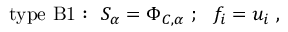
\mathrm { t y p e ~ B 1 : } ~ ~ S _ { \alpha } = \Phi _ { C , \alpha } ~ ; ~ ~ f _ { i } = u _ { i } ~ ,